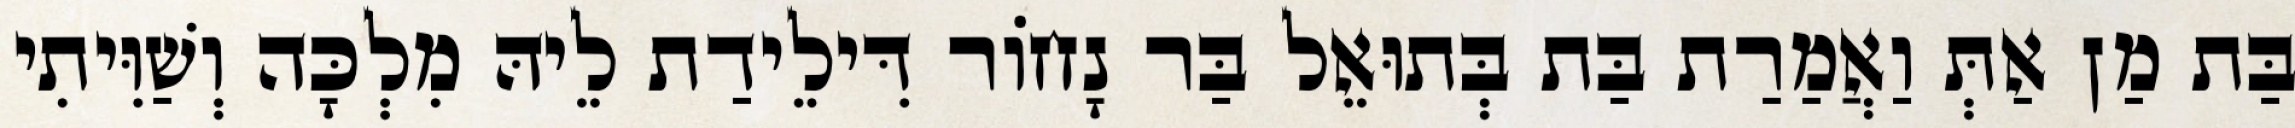
בַּת מַן אַתְּ וַאֲמַרַת בַּת בְּתוּאֵל בַּר נָחוֹר דִּילֵידַת לֵיהּ מִלְכָּה וְשַׁוִּיתִי